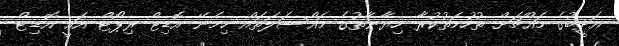
އަދީބުގެ މައްޗަށް ތުހުމަތުކުރާ ހިޔާނާތުގެ މައްސަލަތައް ހިމެނޭ އޮޑިޓް ރިޕޯޓް އައީ އޮޑިޓް